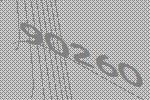
90260